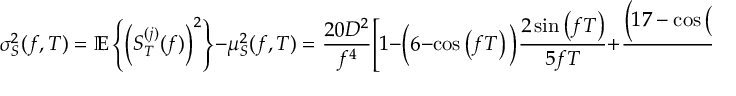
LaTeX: \sigma _ { S } ^ { 2 } ( f , T ) = \mathbb { E } \left\{ \left( S _ { T } ^ { ( j ) } ( f ) \right) ^ { 2 } \right\} - \mu _ { S } ^ { 2 } ( f , T ) = { \frac { 2 0 D ^ { 2 } } { f ^ { 4 } } } { \Bigg [ } 1 - { \Big ( } 6 - \cos \left( f T \right) { \Big ) } { \frac { 2 \sin \left( f T \right) } { 5 f T } } + { \frac { { \Big ( } 1 7 - \cos \left( 2 f T \right) - 1 6 \cos \left( f T \right) { \Big ) } } { 1 0 f ^ { 2 } T ^ { 2 } } } { \Bigg ] }